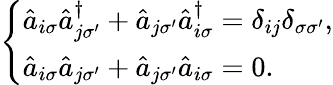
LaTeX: \begin{array}{r}{\left\{ \begin{array}{ll}{\hat{a}_{i\sigma}\hat{a}_{j\sigma^{\prime}}^{\dagger}+\hat{a}_{j\sigma^{\prime}}\hat{a}_{i\sigma}^{\dagger}=\delta_{ij}\delta_{\sigma{\sigma}^{\prime}},}\\ {\hat{a}_{i\sigma}\hat{a}_{j\sigma^{\prime}}+\hat{a}_{j\sigma^{\prime}}\hat{a}_{i\sigma}=0.}\end{array}\right.}\end{array}